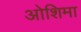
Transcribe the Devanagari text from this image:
ओशिमा